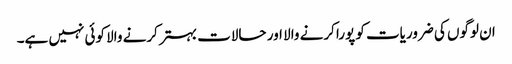
ان لوگوں کی ضروریات کو پورا کرنے والا اور حالات بہتر کرنے والا کوئی نہیں ہے۔